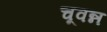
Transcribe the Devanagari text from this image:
चूवन्न